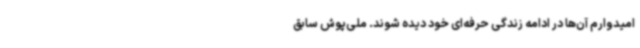
امیدوارم آن‌ها در ادامه زندگی حرفه‌ای خود دیده شوند. ملی‌پوش سابق